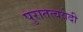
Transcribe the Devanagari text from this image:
पुरातत्ववेदी